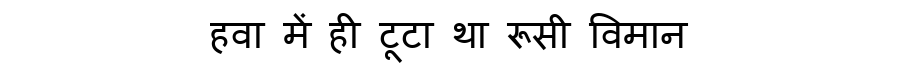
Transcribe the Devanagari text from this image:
हवा में ही टूटा था रूसी विमान